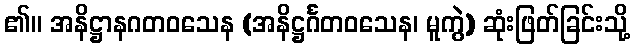
၏။ အနိဋ္ဌာနဂတဝသေန (အနိဋ္ဌင်္ဂတဝသေန၊ မူကွဲ) ဆုံးဖြတ်ခြင်းသို့